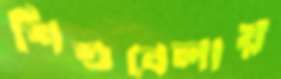
শিশুবেলায়